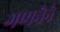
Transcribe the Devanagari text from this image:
गणनेने